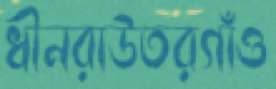
ধীনরাউতরগাঁও